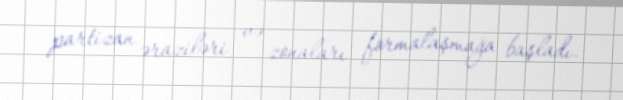
partizan əraziləri və zonaları formalaşmağa başladı.